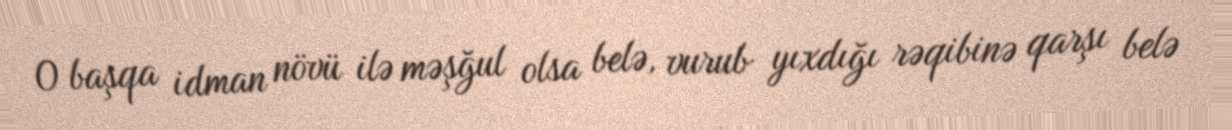
O başqa idman növü ilə məşğul olsa belə, vurub yıxdığı rəqibinə qarşı belə